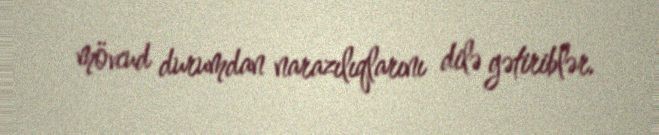
mövcud durumdan narazılıqlarını dilə gətiriblər.